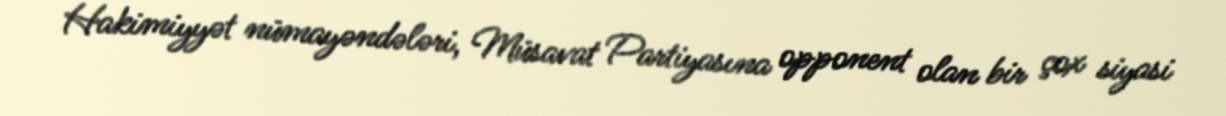
Hakimiyyət nümayəndələri, Müsavat Partiyasına opponent olan bir çox siyasi